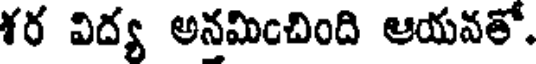
శర విద్య అనమించింది ఆయవతో.